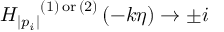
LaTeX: { H _ { | p _ { i } | } } ^ { ( 1 ) \, { \mathrm { o r } } \, ( 2 ) } \left( - k \eta \right) \to \pm i